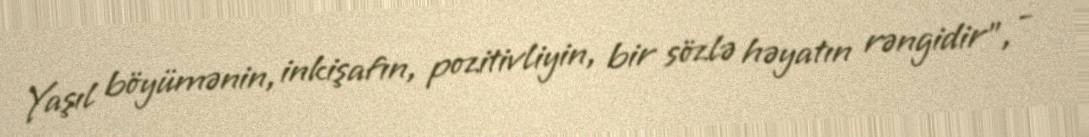
Yaşıl böyümənin, inkişafın, pozitivliyin, bir sözlə həyatın rəngidir", -